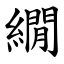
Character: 繝